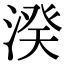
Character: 湀